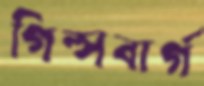
গিন্সবার্গ